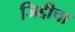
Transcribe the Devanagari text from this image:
जिद्दीचा